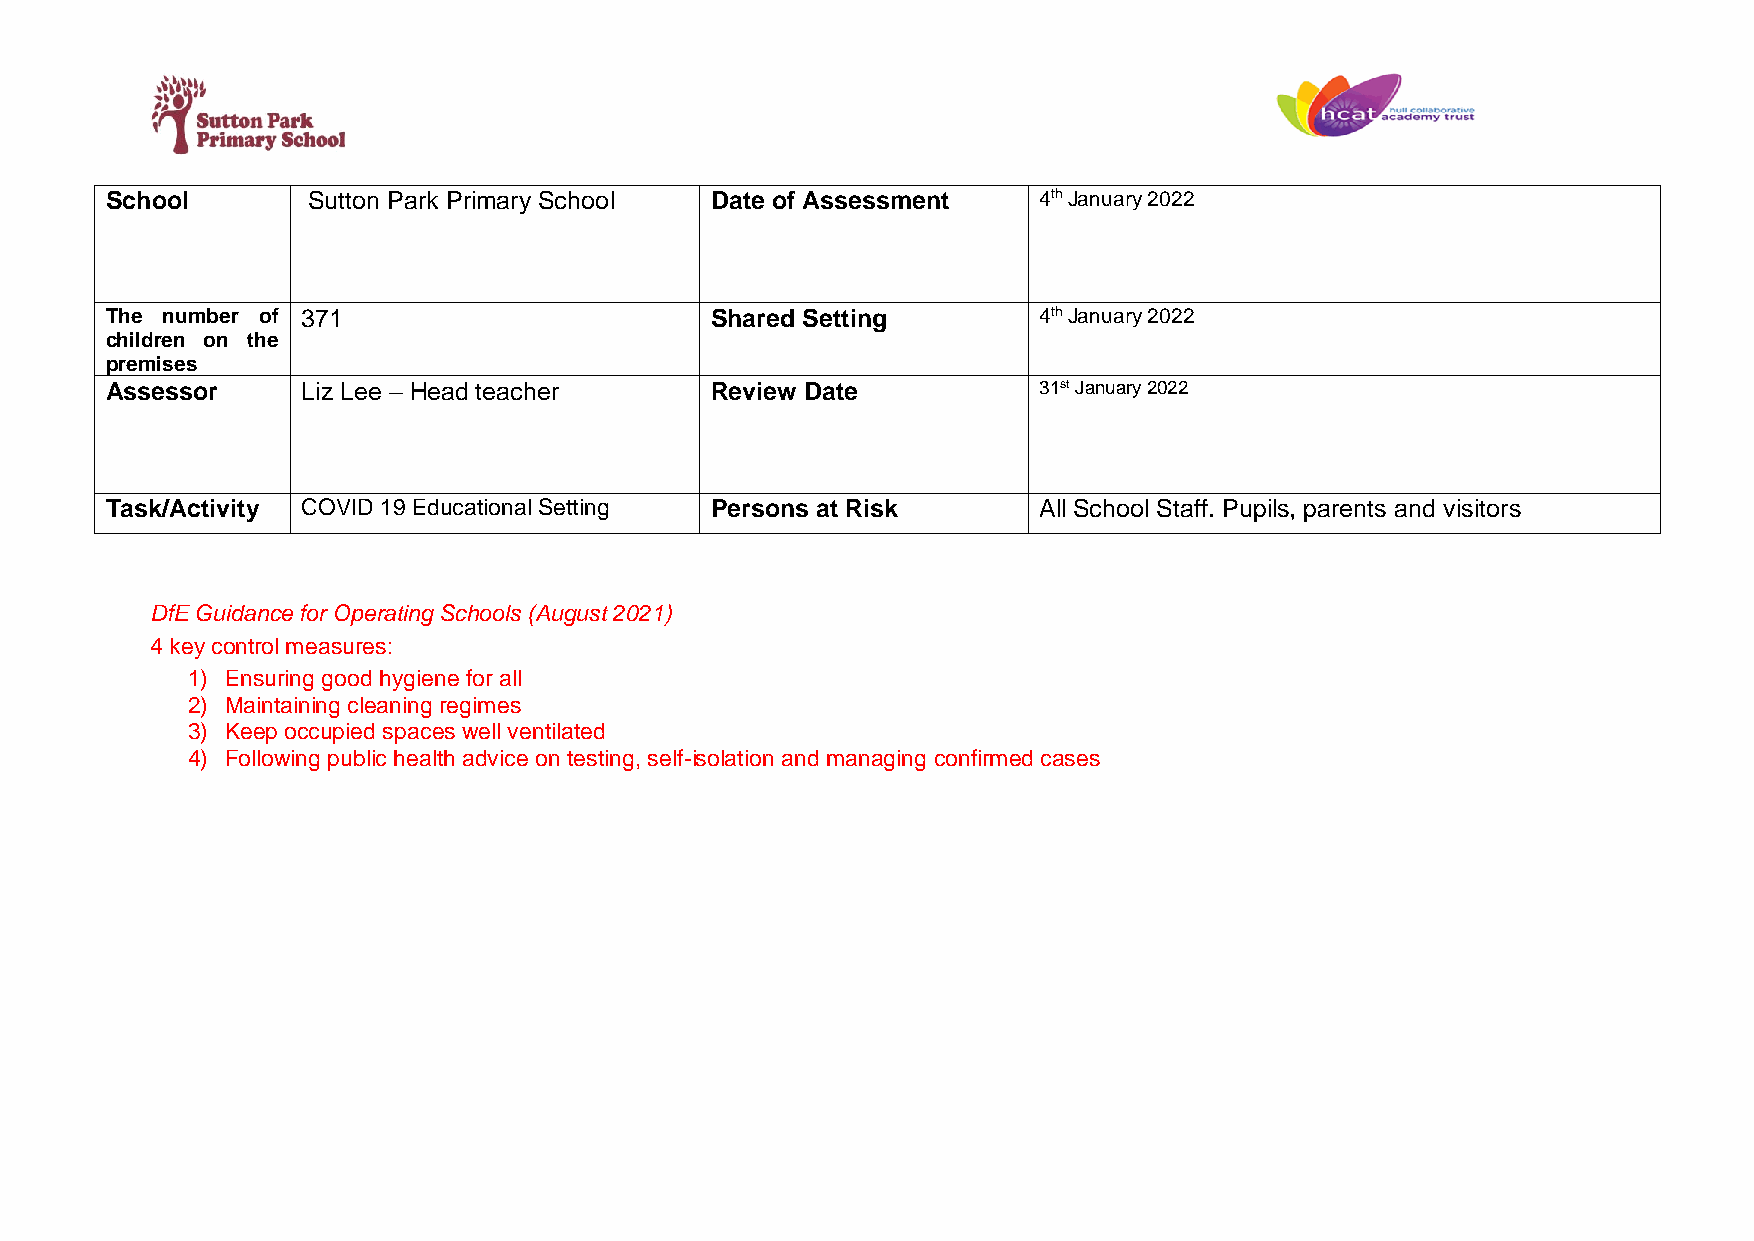
School       Sutton Park Primary School Date of Assessment    4 th January 2022
 The number of 371                       Shared Setting        4th January 2022
 children on the
 premises
 Assessor     Liz Lee – Head teacher     Review Date           31st January 2022
 Task/Activity C OVID 19 Educational Setting Persons at Risk   All School Staff. Pupils, parents and visitors
 DfE Guidance for Operating Schools (August 2021)
 4 key control measures:
 1) Ensuring good hygiene for all
 2) Maintaining cleaning regimes
 3) Keep occupied spaces well ventilated
 4) Following public health advice on testing, self-isolation and managing confirmed cases